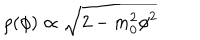
\rho ( \phi ) \propto \sqrt { 2 - m _ { 0 } ^ { 2 } \phi ^ { 2 } }